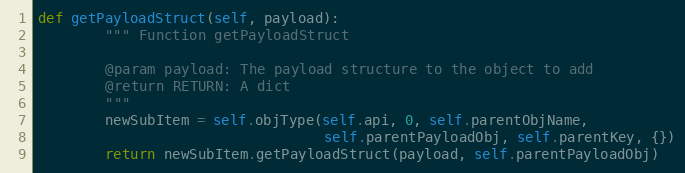
Language: Python
def getPayloadStruct(self, payload):
        """ Function getPayloadStruct

        @param payload: The payload structure to the object to add
        @return RETURN: A dict
        """
        newSubItem = self.objType(self.api, 0, self.parentObjName,
                                  self.parentPayloadObj, self.parentKey, {})
        return newSubItem.getPayloadStruct(payload, self.parentPayloadObj)